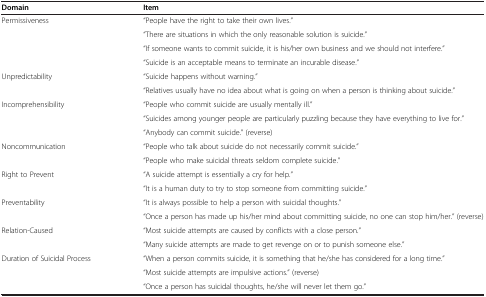
<table><thead><tr><td><b>Domain</b></td><td><b>Item</b></td></tr></thead><tbody><tr><td rowspan="3">Permissiveness</td><td>“People have the right to take their own lives.”</td></tr><tr><td>“There are situations in which the only reasonable solution is suicide.”</td></tr><tr><td>“If someone wants to commit suicide, it is his/her own business and we should not interfere.”</td></tr><tr><td> </td><td>“Suicide is an acceptable means to terminate an incurable disease.”</td></tr><tr><td rowspan="2">Unpredictability</td><td>“Suicide happens without warning.”</td></tr><tr><td>“Relatives usually have no idea about what is going on when a person is thinking about suicide.”</td></tr><tr><td>Incomprehensibility</td><td>“People who commit suicide are usually mentally ill.”</td></tr><tr><td> </td><td>“Suicides among younger people are particularly puzzling because they have everything to live for.”</td></tr><tr><td> </td><td>“Anybody can commit suicide.” (reverse)</td></tr><tr><td rowspan="2">Noncommunication</td><td>“People who talk about suicide do not necessarily commit suicide.”</td></tr><tr><td>“People who make suicidal threats seldom complete suicide.”</td></tr><tr><td rowspan="2">Right to Prevent</td><td>“A suicide attempt is essentially a cry for help.”</td></tr><tr><td>“It is a human duty to try to stop someone from committing suicide.”</td></tr><tr><td rowspan="2">Preventability</td><td>“It is always possible to help a person with suicidal thoughts.”</td></tr><tr><td>“Once a person has made up his/her mind about committing suicide, no one can stop him/her.” (reverse)</td></tr><tr><td rowspan="2">Relation-Caused</td><td>“Most suicide attempts are caused by conflicts with a close person.”</td></tr><tr><td>“Many suicide attempts are made to get revenge on or to punish someone else.”</td></tr><tr><td rowspan="3">Duration of Suicidal Process</td><td>“When a person commits suicide, it is something that he/she has considered for a long time.”</td></tr><tr><td>“Most suicide attempts are impulsive actions.” (reverse)</td></tr><tr><td>“Once a person has suicidal thoughts, he/she will never let them go.”</td></tr></tbody></table>